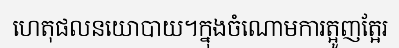
ហេតុផលនយោបាយ។ក្នុងចំណោមការត្អូញត្អែរ